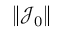
\| \mathcal J _ { 0 } \|